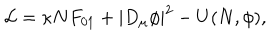
{ \cal L } = \kappa N F _ { 0 1 } + | D _ { \mu } \phi | ^ { 2 } - U ( N , \phi ) ,